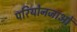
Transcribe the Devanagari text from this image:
परियोनजाओं